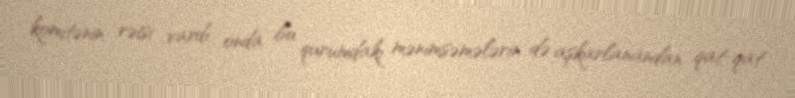
komitənin rəisi vardı, onda bu qurumdakı mənimsəmələrin də aşkarlanandan qat-qat